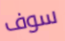
سوف